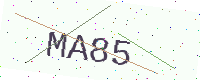
Text: MA85